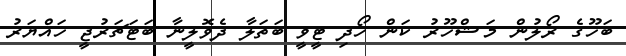
ބަހޫގެ ރޯލުން މަޝްހޫރު ކަން ހޯދި ޓީވީ ބަތަލާ ދެވޮލީނާ ބަޓަޗަރުޖީ ހައްޔަރު